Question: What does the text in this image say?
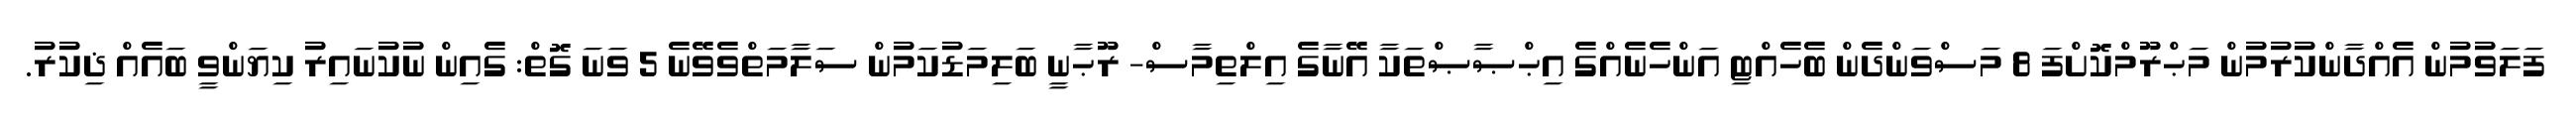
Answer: ފަލަވުމުން އެއްދާންކުރުމުން މަޙްރޫމްކޮށްފަ 8 މަސްވަންދެން ބެހެއްޓި އަންހެނެއްގެ އިޙްޞާޞްތަކާ އޭނާގެ އިލްތިމާސް- ރޫޙާނީ ބަލިމަޑުކަމުން ސަލާމަތްވެވޭނެ 5 ވަނަ ގޮތް: ގެއިން ނުކުނައިރު ކިޔަންވީ ބައެއް ޛިކުރު.